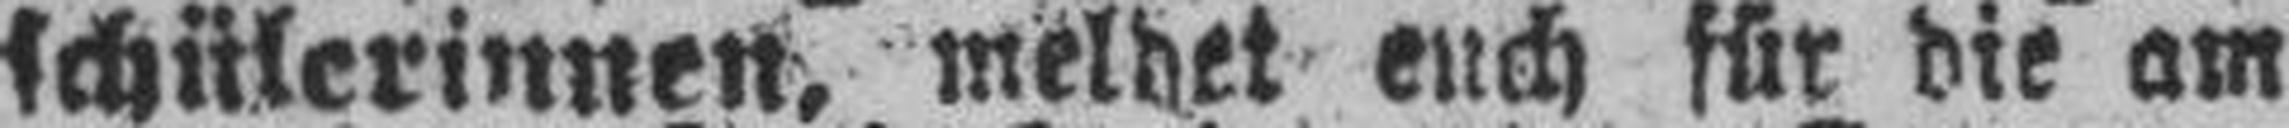
schülerinnen, meldet euch für die am